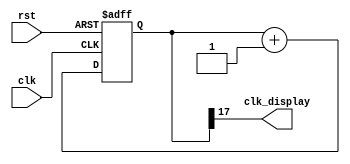
`timescale 1ns / 1ps
//////////////////////////////////////////////////////////////////////////////////
// Company: Tecnolgico de Costa Rica
// 
// Design Name: 
// Module Name:    Clocks 
// Project Name: 
// Target Devices: 
// Tool versions: 
// Description: 
//		Mdulo encargado de la activacin y funcionamiento del reloj o clock bsico
//		encargado del funcionamiento de los mdulos
//
// Dependencies: 
//
// Revision: 
// Revision 0.01 - File Created
// Additional Comments: 
//
//////////////////////////////////////////////////////////////////////////////////
module Clocks(
	input wire clk,rst,       //entradas para el reloj
	output wire clk_display   //salida del reloj
    );
localparam N=17;

reg [N:0]Contador, Cuenta_siguiente; 

//Comportamiento del reloj
always@(posedge clk, posedge rst) //funciona cuando hay cambio a franco positivo 
begin
	if(rst)
		Contador <= 0;
	else
		Contador <=Cuenta_siguiente; 
end

always@*
	Cuenta_siguiente = Contador + 1'b1;

assign clk_display = Contador[N];

endmodule